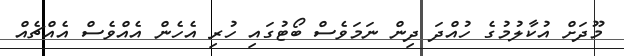
މޫދަށް އުކާލުމުގެ ހުއްދަ ދިން ނަަމަވެސް ބޯޓުގައި ހުރި އެހެން އެއްވެސް އެއްޗެއް